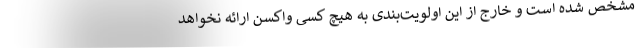
مشخص شده است و خارج از این اولویت‌بندی به هیچ کسی واکسن ارائه نخواهد